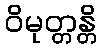
ဝိမုတ္တန္တိ